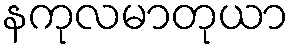
နကုလမာတုယာ